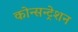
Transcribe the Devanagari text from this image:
कोन्सन्ट्रेशन